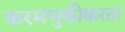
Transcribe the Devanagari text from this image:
करमणुकीकरता